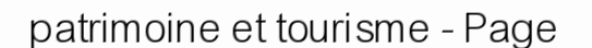
patrimoine et tourisme - Page